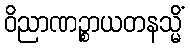
ဝိညာဏဉ္စာယတနသ္မိံ